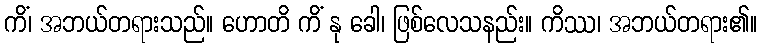
ကိံ၊ အဘယ်တရားသည်။ ဟောတိ ကိံ နု ခေါ၊ ဖြစ်လေသနည်း။ ကိဿ၊ အဘယ်တရား၏။